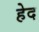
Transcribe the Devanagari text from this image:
हेद